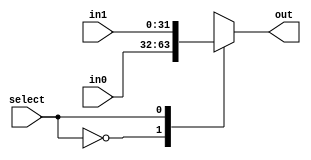
module mux2(in0,in1,select,out);
input[31:0] in0,in1;
input select;
output[31:0] out;
reg[31:0] out;
always @(*)
		begin
case(select)
		0:out<=in0;
1:out<=in1;
endcase
end
endmodule